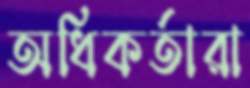
অধিকর্তারা